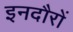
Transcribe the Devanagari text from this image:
इनदौरों